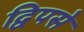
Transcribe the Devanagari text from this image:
द्विपसे